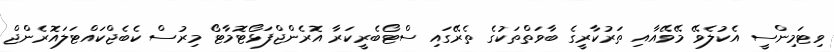
ވިޓަމިންސީ އެކުލެވޭ މޭވޭއާއި ތަރުކާރީގެ ބާވަތްތަކުގެ ތެރޭގައި ސްޓޯބެރީކަރާ އޮރެންޖްފަޅޯޓޮމާޓޯ މިރުސް ކެބެޖްކައްޓަލައޮރެންޖް